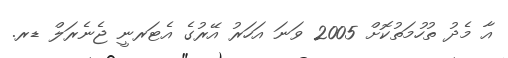
އާ މެދު ތުހުމަތުކޮށް 2005 ވަނަ އަހަރު އޭރުގެ އެޓަރނީ ޖެނެރަލް ޑރ.